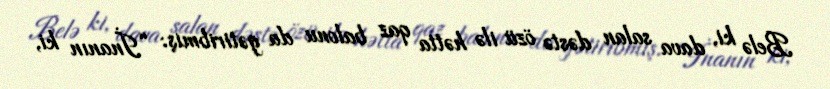
Belə ki, dava salan dəstə özü ilə hətta qaz balonu da gətiribmiş: “İnanın ki,